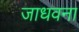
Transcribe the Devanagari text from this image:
जाधवना